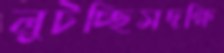
লুটচ্ছিসদক্ষি